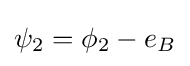
\psi _{2}=\phi _{2}-e_{B}